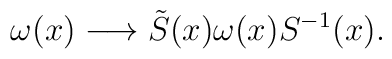
\omega(x) \longrightarrow \tilde{S}(x) \omega(x) S^{-1}(x).